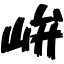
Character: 峅